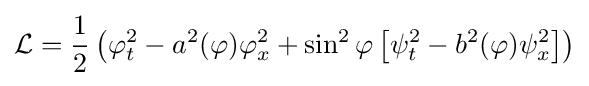
{\mathcal {L}}={\frac {1}{2}}\left(\varphi _{t}^{2}-a^{2}(\varphi )\varphi _{x}^{2}+\sin ^{2}\varphi \left[\psi _{t}^{2}-b^{2}(\varphi )\psi _{x}^{2}\right]\right)